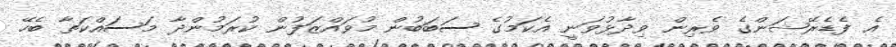
އެ ފެޑެރޭޝަންގެ ވެރިން ވިދާޅުވަނީ އެކަމުގެ ސަބަބުން މުވައްޒަފުން ކުރަމުންދާ މަސައްކަތާ ބެހޭ